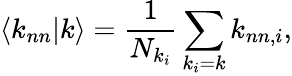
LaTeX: \left\langle k_{nn}|k\right\rangle=\frac{1}{N_{k_{i}}}\sum_{k_{i}=k}k_{nn,i},